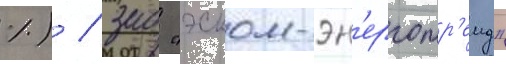
%) / зао "эском-эн'ерготр'еид"